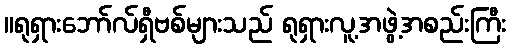
။ရုရှားဘော်လ်ရှီဗစ်များသည် ရုရှားလူ့အဖွဲ့အစည်းကြီး